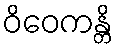
ဝိဝေကန္တိ